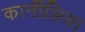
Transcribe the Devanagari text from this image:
कार्नीलिया